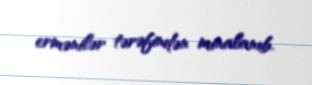
ermənilər tərəfindən minalanıb.